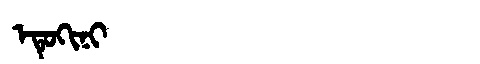
Manchu: ᡝᡨᡠᡴᡳᠨᡳ
Romanization: ETUKINI